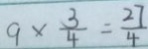
9 \times \frac { 3 } { 4 } = \frac { 2 7 } { 4 }